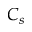
C _ { s }